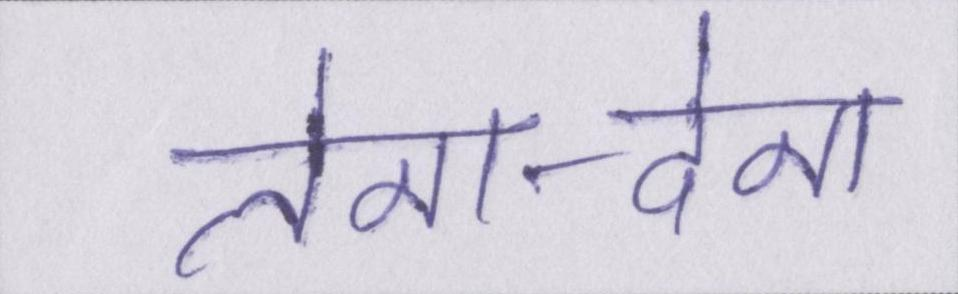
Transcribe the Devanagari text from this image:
लेना-देना